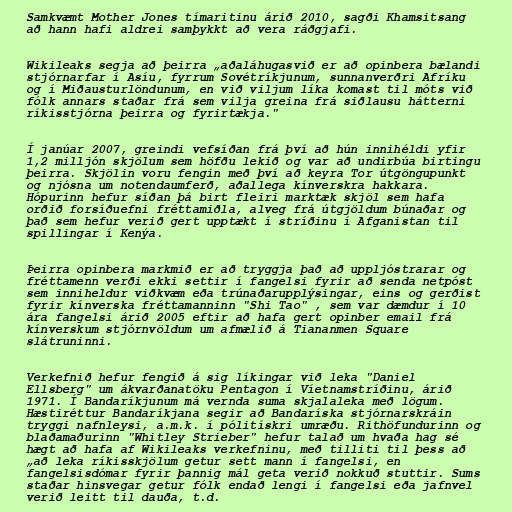
Samkvæmt Mother Jones tímaritinu árið 2010, sagði Khamsitsang
að hann hafi aldrei samþykkt að vera ráðgjafi.

Wikileaks segja að þeirra „aðaláhugasvið er að opinbera bælandi
stjórnarfar í Asíu, fyrrum Sovétríkjunum, sunnanverðri Afríku
og í Miðausturlöndunum, en við viljum líka komast til móts við
fólk annars staðar frá sem vilja greina frá siðlausu hátterni
ríkisstjórna þeirra og fyrirtækja."

Í janúar 2007, greindi vefsíðan frá því að hún innihéldi yfir
1,2 milljón skjölum sem höfðu lekið og var að undirbúa birtingu
þeirra. Skjölin voru fengin með því að keyra Tor útgöngupunkt
og njósna um notendaumferð, aðallega kínverskra hakkara.
Hópurinn hefur síðan þá birt fleiri marktæk skjöl sem hafa
orðið forsíðuefni fréttamiðla, alveg frá útgjöldum búnaðar og
það sem hefur verið gert upptækt í stríðinu í Afganistan til
spillingar í Kenýa.

Þeirra opinbera markmið er að tryggja það að uppljóstrarar og
fréttamenn verði ekki settir í fangelsi fyrir að senda netpóst
sem inniheldur viðkvæm eða trúnaðarupplýsingar, eins og gerðist
fyrir kínverska fréttamanninn "Shi Tao" , sem var dæmdur í 10
ára fangelsi árið 2005 eftir að hafa gert opinber email frá
kínverskum stjórnvöldum um afmælið á Tiananmen Square
slátruninni.

Verkefnið hefur fengið á sig líkingar við leka "Daniel
Ellsberg" um ákvarðanatöku Pentagon í Víetnamstríðinu, árið
1971. Í Bandaríkjunum má vernda suma skjalaleka með lögum.
Hæstiréttur Bandaríkjana segir að Bandaríska stjórnarskráin
tryggi nafnleysi, a.m.k. í pólitískri umræðu. Rithöfundurinn og
blaðamaðurinn "Whitley Strieber" hefur talað um hvaða hag sé
hægt að hafa af Wikileaks verkefninu, með tilliti til þess að
„að leka ríkisskjölum getur sett mann í fangelsi, en
fangelsisdómar fyrir þannig mál geta verið nokkuð stuttir. Sums
staðar hinsvegar getur fólk endað lengi í fangelsi eða jafnvel
verið leitt til dauða, t.d.